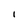
Character: l